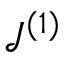
\mathcal { J } ^ { ( 1 ) }